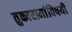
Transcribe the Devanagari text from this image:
तुकारामांविषयी